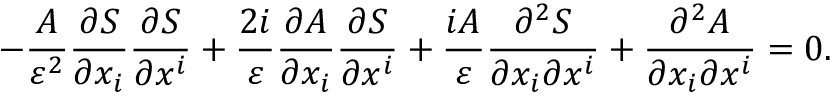
- { \frac { A } { \varepsilon ^ { 2 } } } { \frac { \partial S } { \partial x _ { i } } } { \frac { \partial S } { \partial x ^ { i } } } + { \frac { 2 i } { \varepsilon } } { \frac { \partial A } { \partial x _ { i } } } { \frac { \partial S } { \partial x ^ { i } } } + { \frac { i A } { \varepsilon } } { \frac { \partial ^ { 2 } S } { \partial x _ { i } \partial x ^ { i } } } + { \frac { \partial ^ { 2 } A } { \partial x _ { i } \partial x ^ { i } } } = 0 .